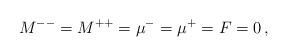
LaTeX: \begin{align*}M^{--}= M^{++}=\mu^-=\mu^+= F =0\,,\end{align*}